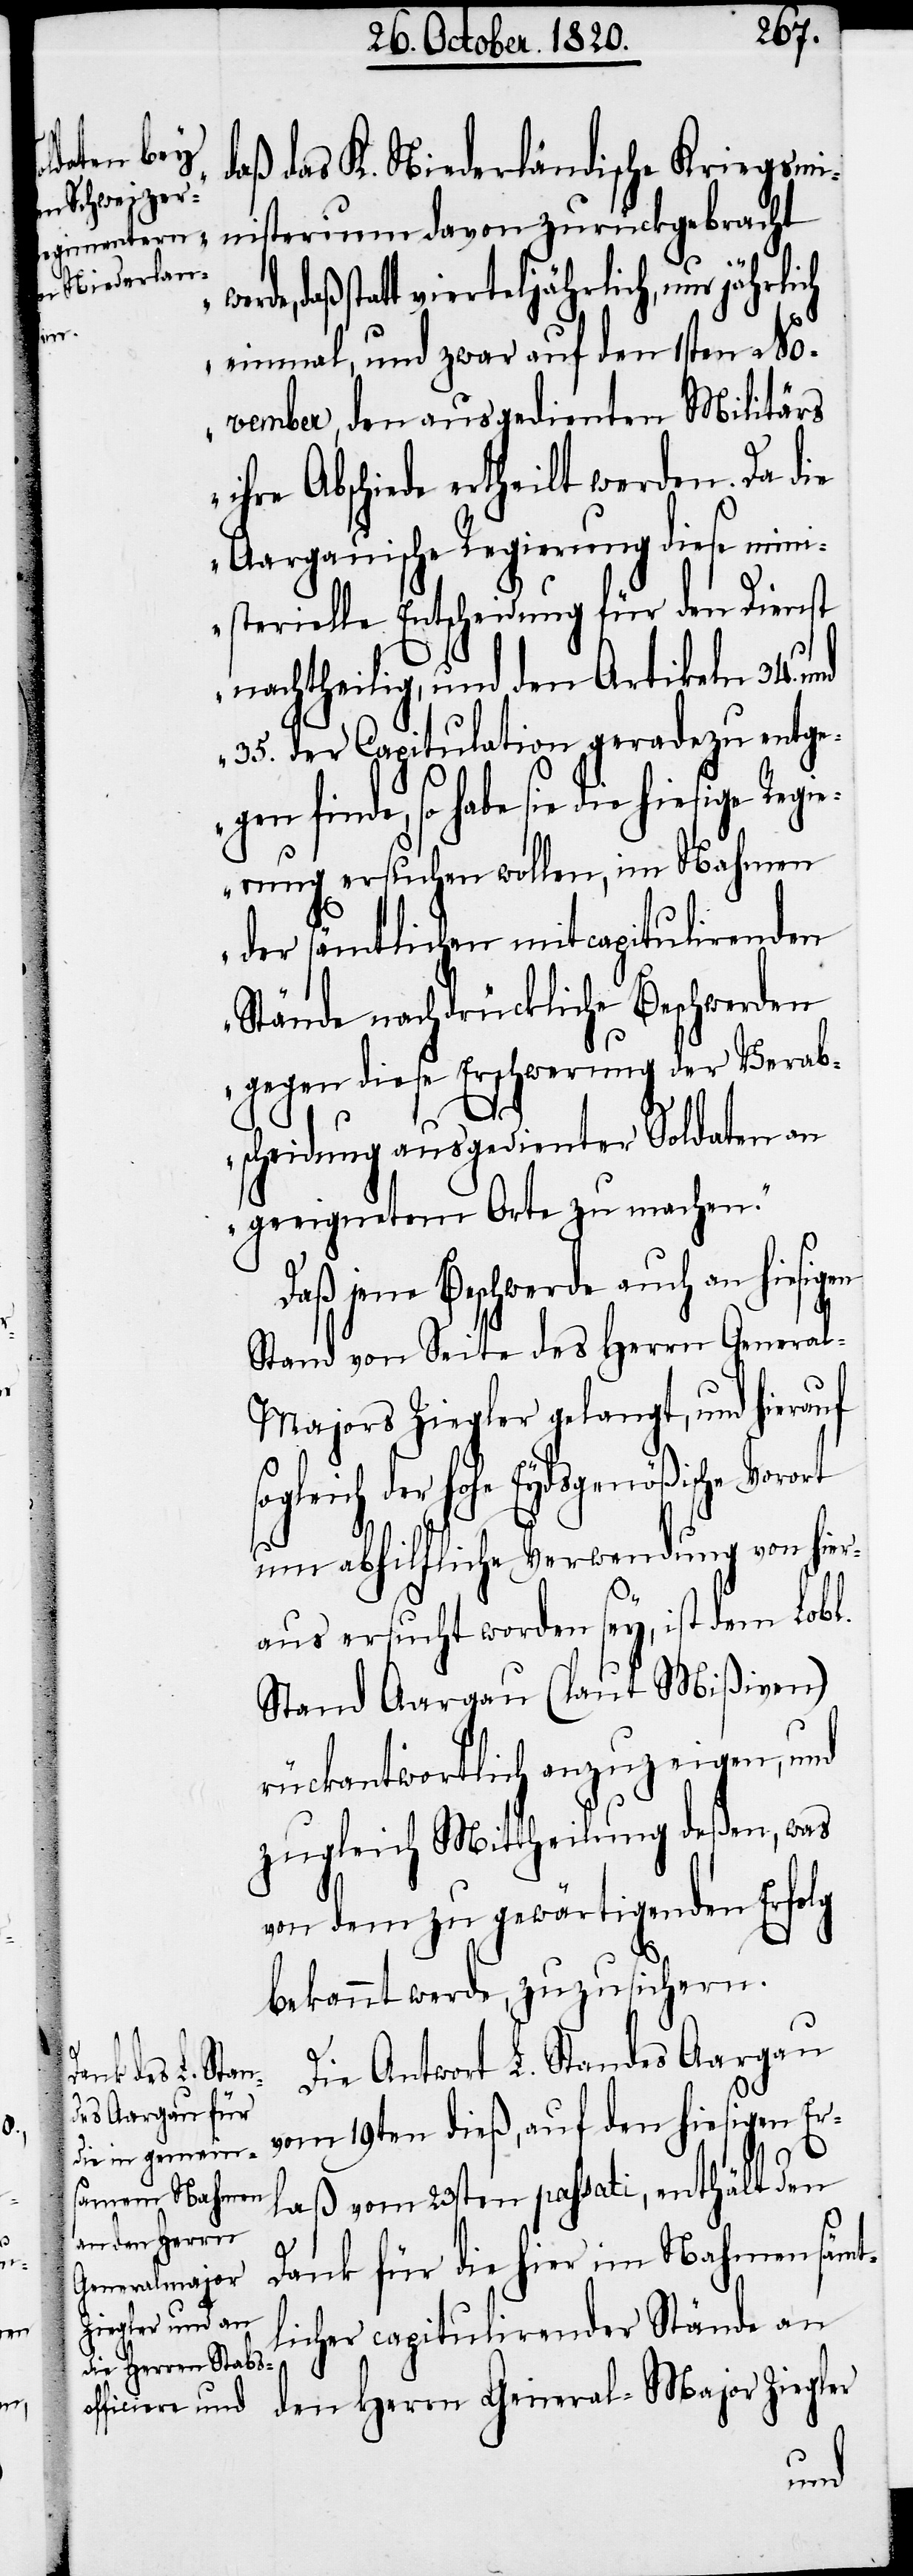
Regi¬

daß das K. Niederländische Kriegsmi¬
nisterium davon zurückgebracht
ih¬
werde, daß statt vierteljährliche, nur jährlich
einmal, und zwar auf den 1sten No¬
vember, den ausgedienten Militärs
re Abschiede ertheilt werden. Da die
Aargauische Regierung diese mini¬
sterielle Entscheidung für den Dienst
nachtheilig, und den Artikeln 34.
35. der Capitulation geradezu entge¬
gen finde, so habe sie die hiesige
erung ersuchen wollen, im Nahmen
der sämtlichen mitcapitulirenden
Stände nachdrückliche Beschwerden
gegen diese Erschwerung der Verab¬
scheidung ausgedienter Soldaten an
geeignetem Orte zu machen“.
Daß jene Beschwerde auch an hiesigen
Stand von Seite des Herrn Genera¬
l-Majors Ziegler gelangt, und hierauf
der hohe Eydsgenößische Vorort
um abhilfliche Verwendung von hier¬
aus ersucht worden sey, ist dem Lobl.
Stand Aargau (laut Mißiven)
rückantwortlich anzuzeigen, und
zugleich Mittheilung deßen, was
von dem zu gewärtigenden Erfolg
bekannt werde, zuzusichern.
Die Antwort L. Standes Aargau
vom 19ten dieß, auf den hiesigen Er¬
laß vom 23sten passati, enthält den
Dank für die hier im Nahmen sämt¬
licher capitulirender Stände an
den Herrn General-Major Ziegler
und